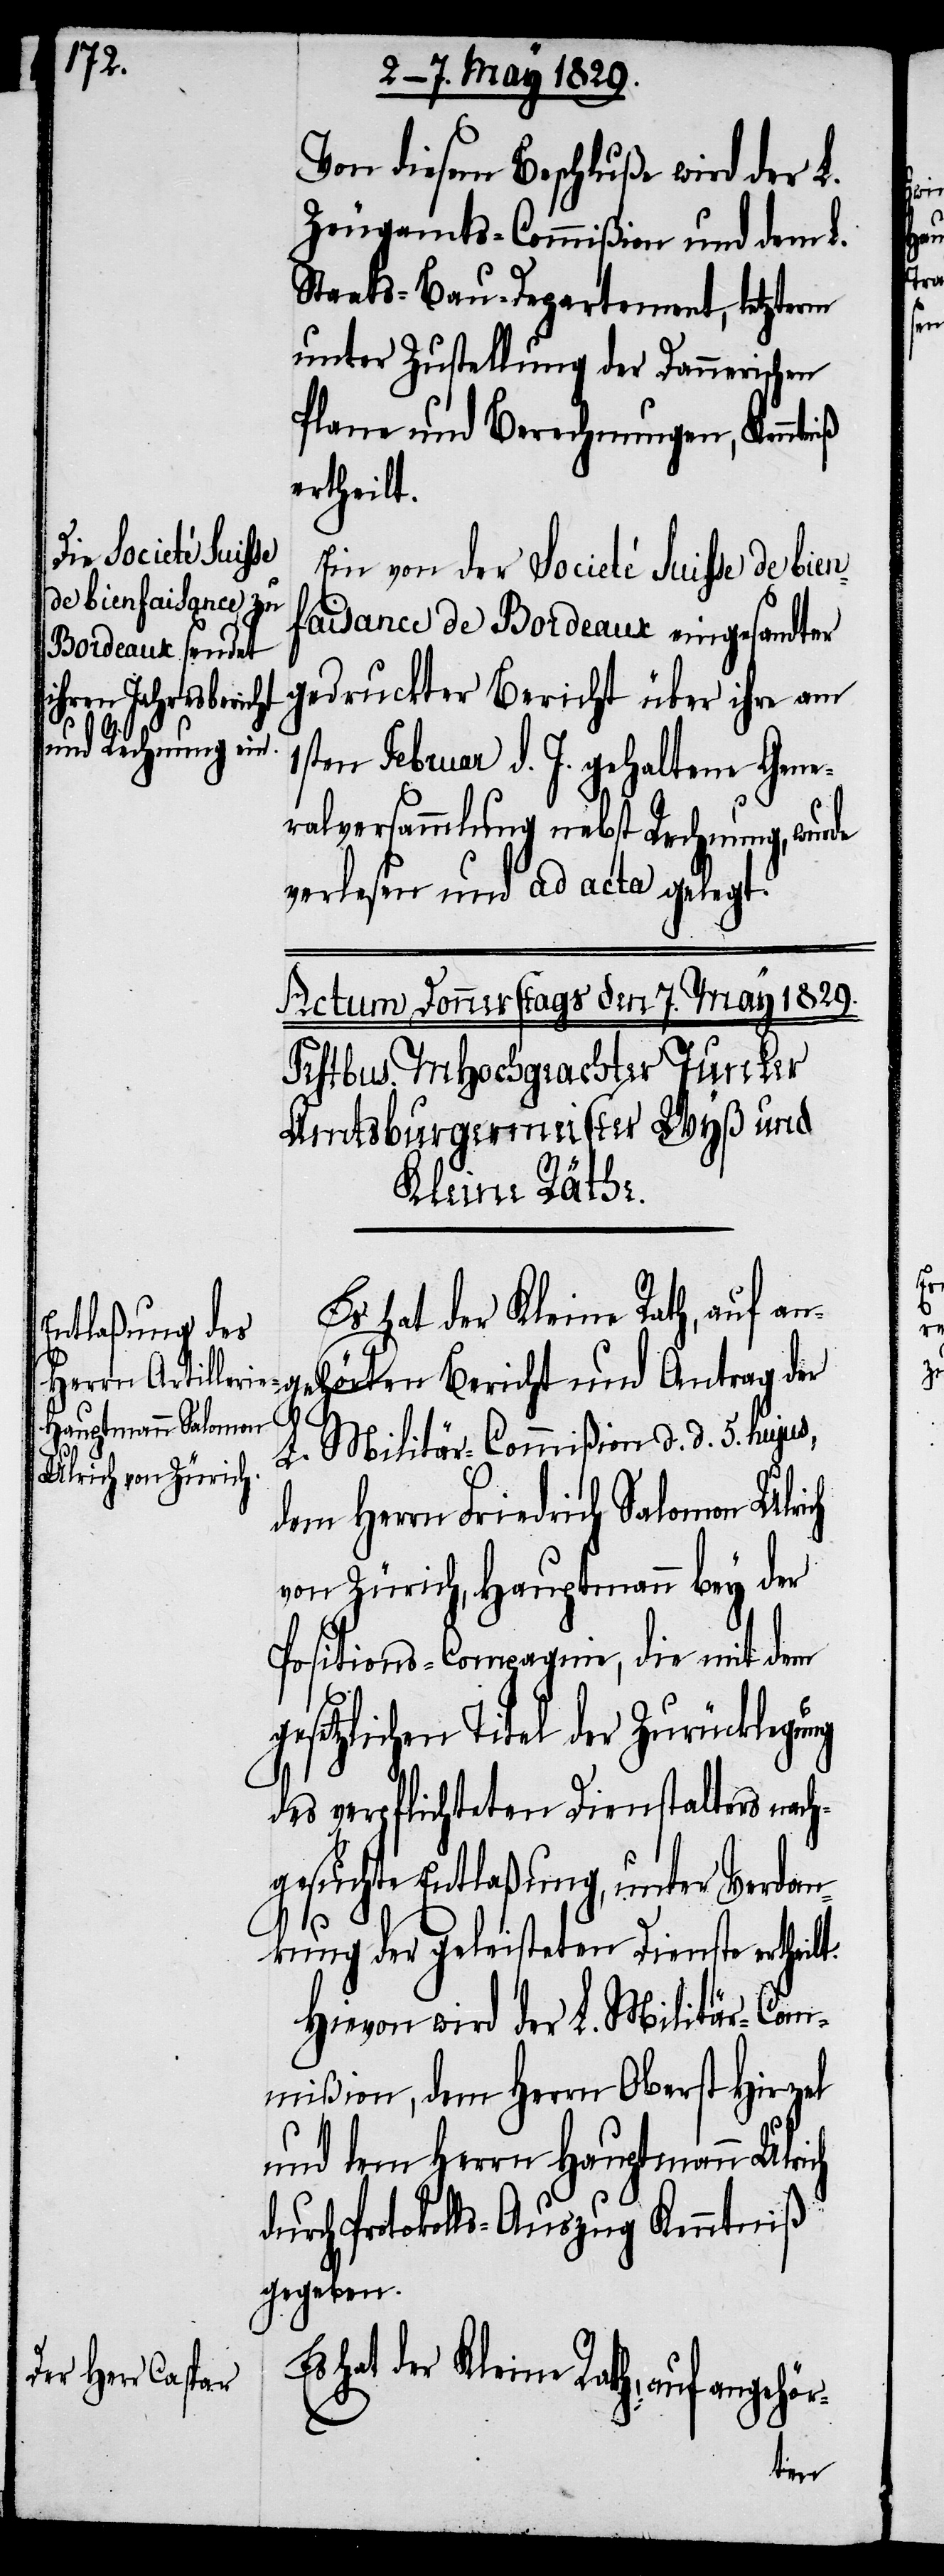
Von diesem Beschluß wird der L.
Zeugamts-Commißion und dem L.
Staats-Baudepartement, letzterm
unter Zustellung der Dannerischen
Plane und Berechnungen, Kenntniß
ertheilt.
Ein von der Societé Suisse de bien¬
faisance de Bordeaux eingesandter
gedruckter Bericht über ihre am
Bericht und
1sten Februar d. J. gehaltene Gene¬
ralversammlung nebst Rechnung, wurde
verlesen und ad acta gelegt.
Es hat der Kleine Rath, auf an¬
L. Militär-Commißion d. d. 5. hujus,
dem Herrn Friedrich Salomon Ulrich
von Zürich, Hauptmann bey der
Positions-Compagnie, die mit dem
setzlichen Titel der Zurücklegung
des verpflichteten Dienstalters nach¬
gesuchte Entlaßung, unter Verdan¬
kung der geleisteten Dienste ertheilt.
Hievon wird der L. Militär-Com¬
mißion, dem Herrn Oberst Hirzel
und dem Herrn Hauptmann Ulrich
durch Protokolls-Auszug Kenntniß
gegeben.
Es hat der Kleine Rat, auf angehö¬
der

gehör-